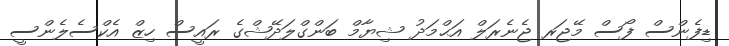
ޑިފެންސް ފޯސް މޭޖަރ ޖެނެރަލް އަޙްމަދު ޝިޔާމް ބަންގްލަދޭޝްގެ ރައީސް ހިޒް އެކްސެލެންސީ